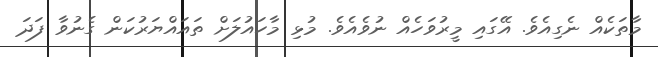
މާތަކެއް ނެގިއެވެ. އޭގައި މީރުވަހެއް ނުވެއެވެ. މުޅި މާހައުލަށް ތައައްޔަރުކަން ގެނުވާ ފަދަ